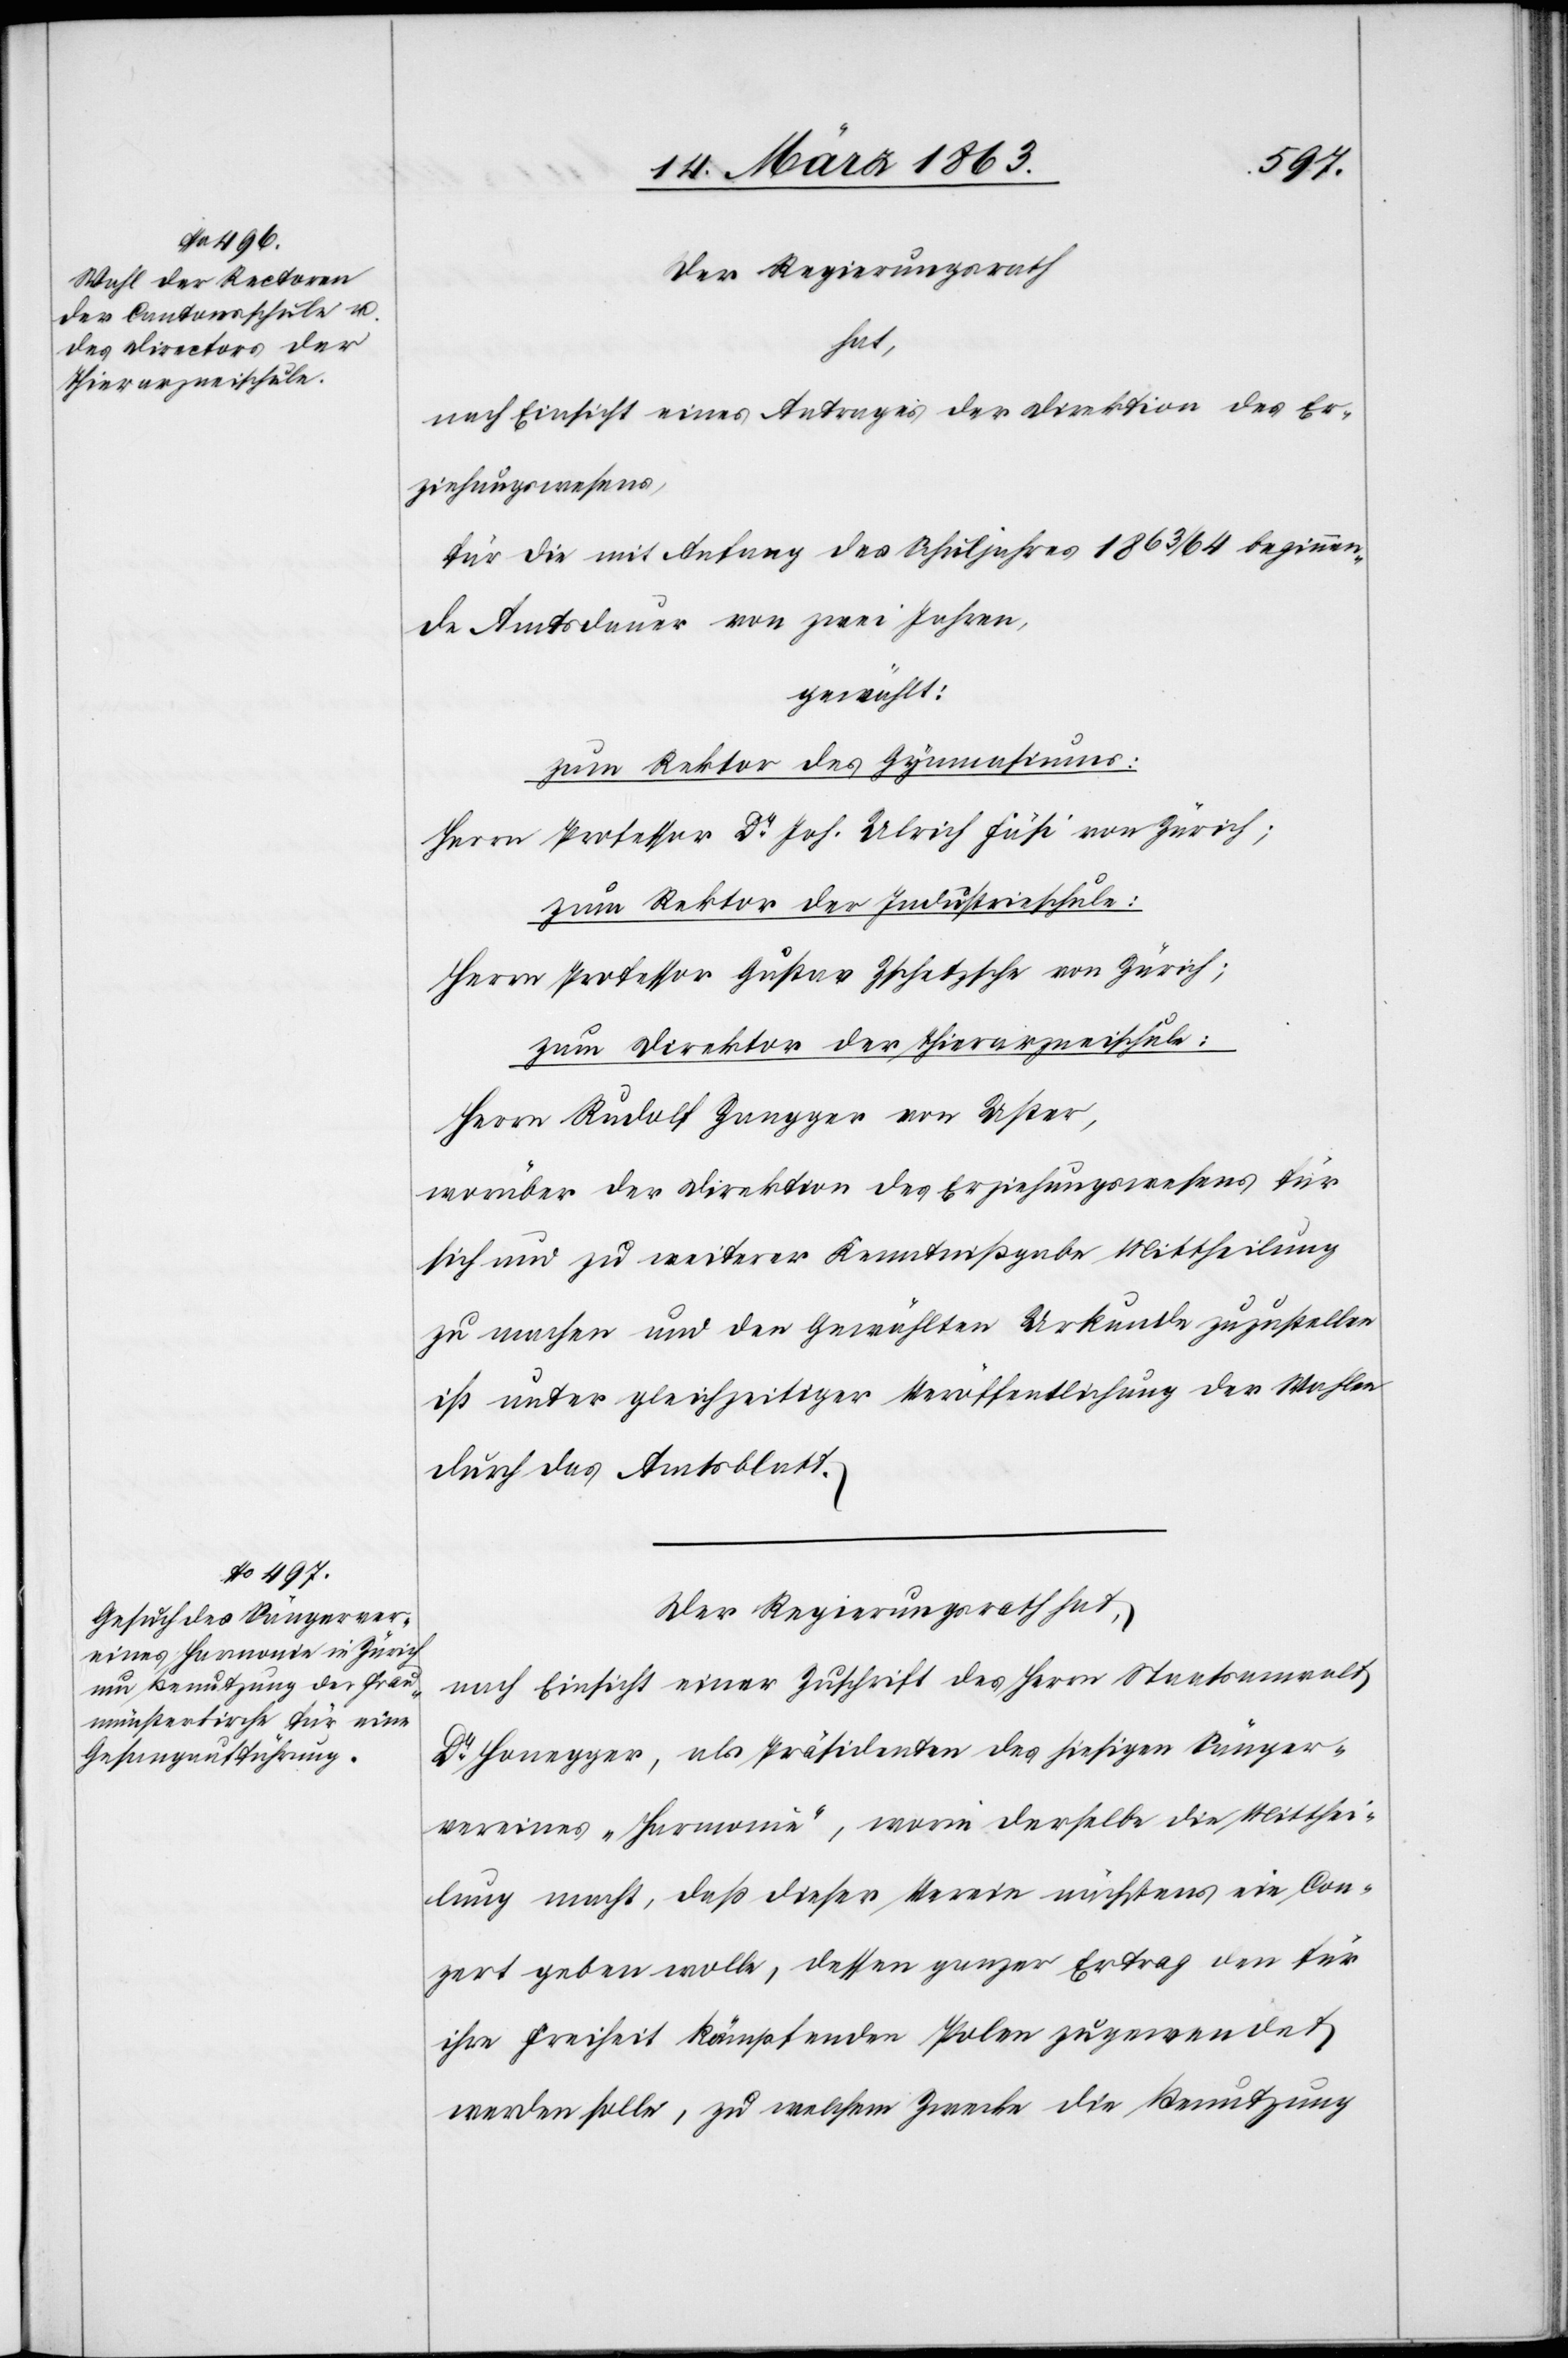
Der Regierungsrath
hat,
nach Einsicht eines Antrages der Direktion des Er¬
ziehungswesens,
für die mit Anfang des Schuljahres 1863/64 beginnen¬
de Amtsdauer von zwei Jahren,
gewählt:
zum Rektor des Gymnasiums:
Herrn Professor Dr Joh. Ulrich Fäsi von Zürich;
zum Rektor der Industrieschule:
Herrn Professor Gustav Zschetzsche von Zürich;
zum Direktor der Thierarzneischule:
Herrn Rudolf Zangger von Uster,
worüber der Direktion des Erziehungswesens für
sich und zu weiterer Kenntnißgabe Mittheilung
zu machen und den Gewählten Urkunde zuzustellen
ist unter gleichzeitiger Veröffentlichung der Wahlen
durch das Amtsblatt.
Der Regierungsrath hat,
nach Einsicht einer Zuschrift des Herrn Staatsanwalt
Dr Honegger, als Präsidenten des hiesigen Sänger¬
vereines „Harmonie“, worin derselbe die Mitthei¬
lung macht, daß dieser Verein nächstens ein Con¬
zert geben wolle, dessen ganzer Ertrag den für
ihre Freiheit kämpfenden Polen zugewendet
werden solle, zu welchem Zwecke die Benutzung